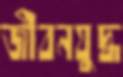
জীবনযুদ্ধ